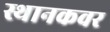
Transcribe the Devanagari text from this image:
स्थानकवर